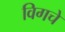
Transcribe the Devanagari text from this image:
विगचे